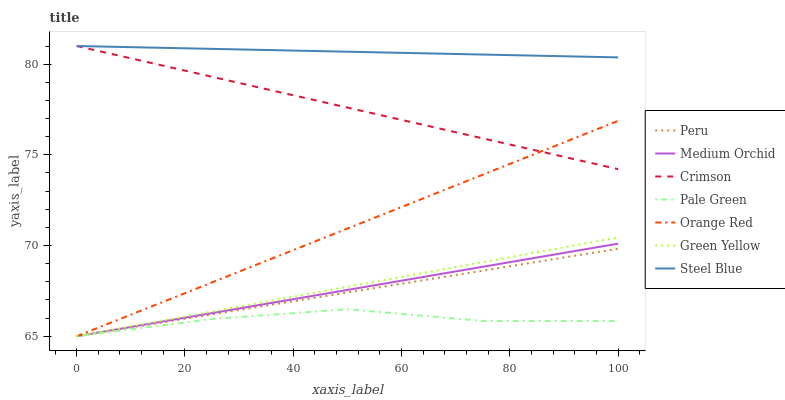
| xaxis_label | Peru | Medium Orchid | Crimson | Pale Green | Orange Red | Green Yellow | Steel Blue |
 | --- | --- | --- | --- | --- | --- | --- | --- |
 | 0 | 65 | 65 | 81 | 65 | 65 | 65 | 81 |
 | 25 | 66.2 | 66.3 | 79.3 | 66 | 68 | 66.4 | 80.8 |
 | 50 | 67.4 | 67.6 | 77.6 | 66.5 | 70.9 | 67.7 | 80.7 |
 | 75 | 68.6 | 68.8 | 75.9 | 65.8 | 73.9 | 69.1 | 80.5 |
 | 100 | 69.8 | 70.1 | 74.2 | 65.8 | 76.9 | 70.4 | 80.4 |